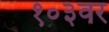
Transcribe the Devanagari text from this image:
१०३वर